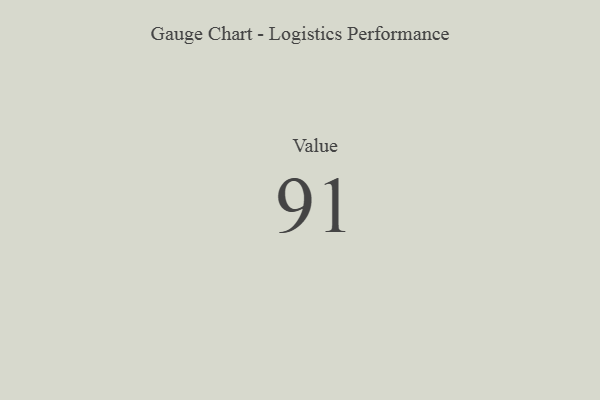
{"axis": {"x": "Metric", "y": "Value"}, "legend": [""], "data": [{"x": "Value", "y": 91, "type": ""}]}